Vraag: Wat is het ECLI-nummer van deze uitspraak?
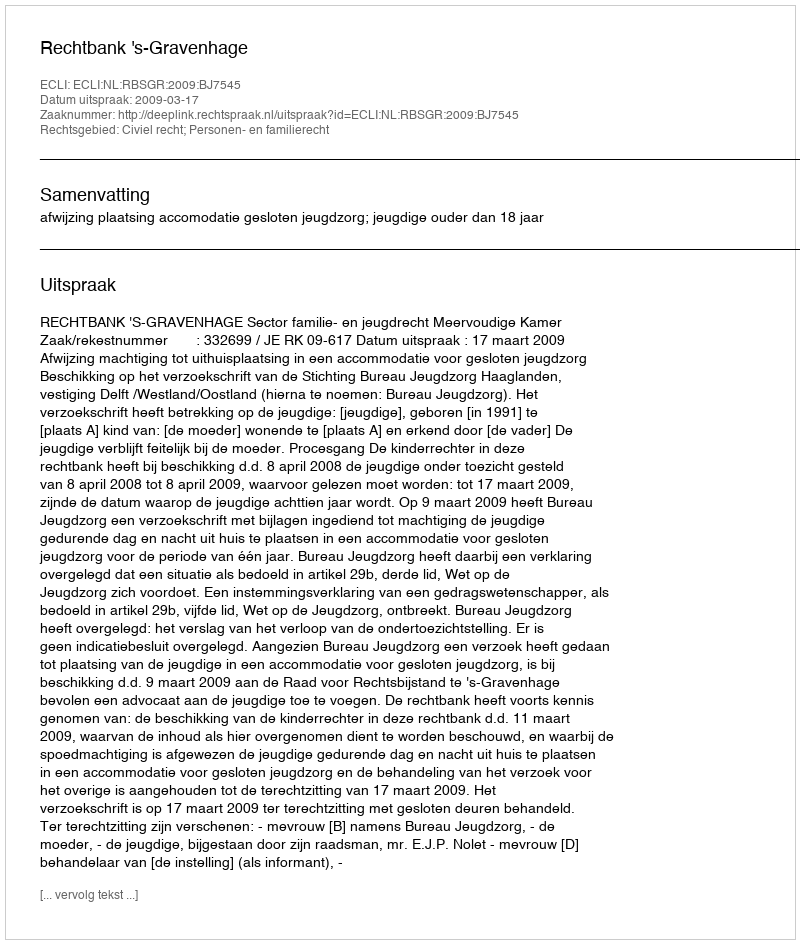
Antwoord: ECLI:NL:RBSGR:2009:BJ7545